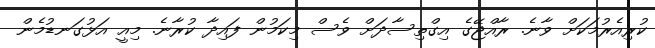
ކުރިއެރުމަކަށް ވާނެ. ރާއްޖޭގެ އިގްތިސާދަށް ވެސް މިކަމުން ފައިދާ ކުރާނެ. މިއީ އަޅުގަނޑުމެން